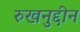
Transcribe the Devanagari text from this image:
रुखनुद्दीन